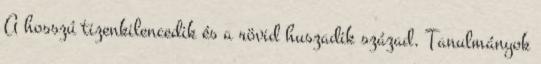
A hosszú tizenkilencedik és a rövid huszadik század. Tanulmányok